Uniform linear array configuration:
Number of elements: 32
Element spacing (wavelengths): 1
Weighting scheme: kaiser
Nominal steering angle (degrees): -60
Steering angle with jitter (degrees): -61.496
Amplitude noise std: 0.05
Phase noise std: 0.05

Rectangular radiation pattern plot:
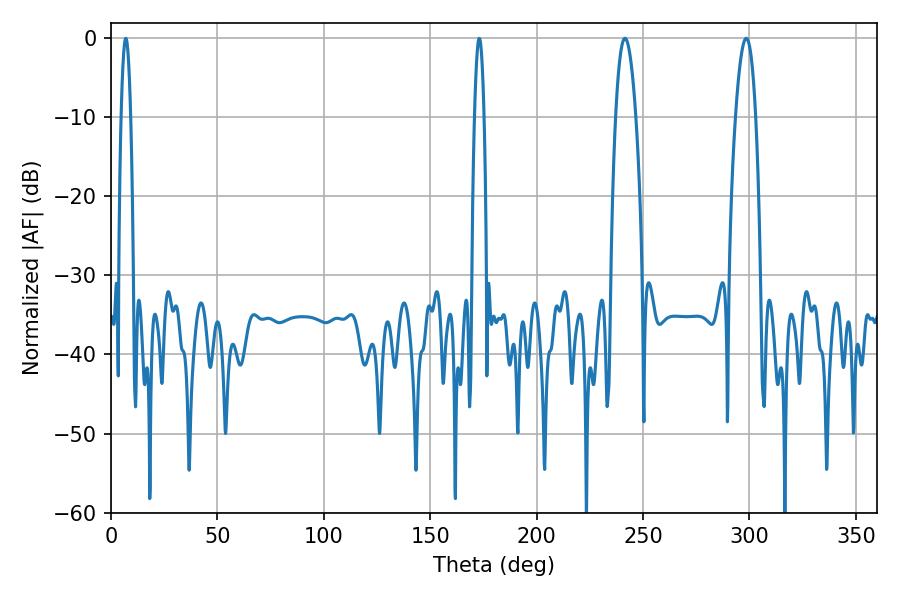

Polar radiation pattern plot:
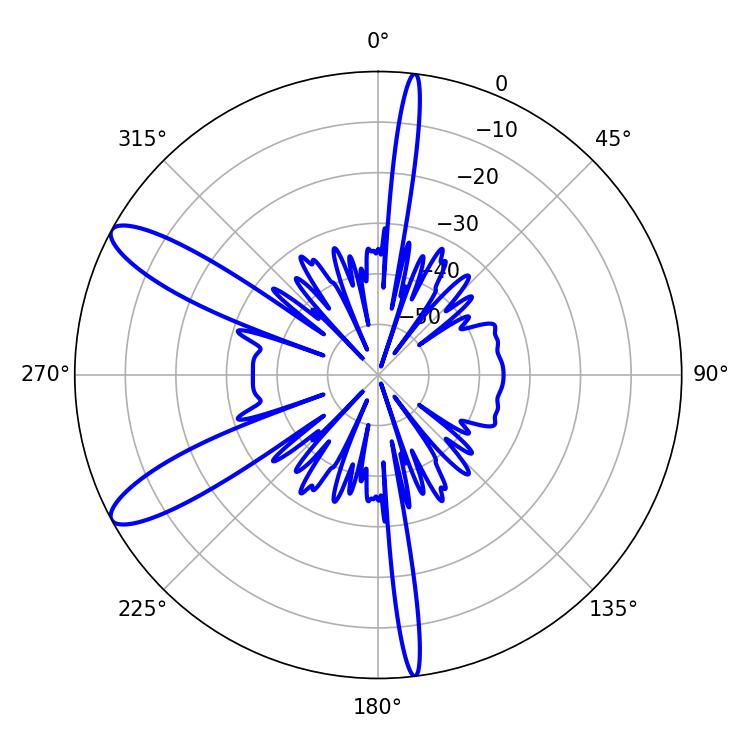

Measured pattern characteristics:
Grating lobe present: TRUE
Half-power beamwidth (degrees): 5.22
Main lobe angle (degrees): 298.44